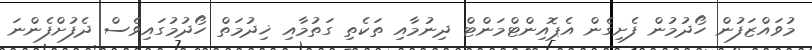
މުވައްޒަފުން ހޯދުމުން ފެށިގެން އެޕޮއިންޓްމަންޓް ދިނުމާއި ތަކެތި ގަތުމާއި ޚިދުމަތް ހޯދުމުގައިވެސް ދެފުށްފެންނަ